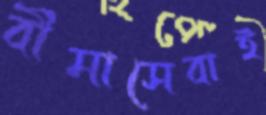
বীমাসেবাই